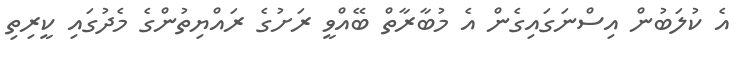
އެ ކުލަބުން އިސްނަގައިގެން އެ މުބާރާތް ބޭއްވީ ރަށުގެ ރައްޔިތުންގެ މެދުގައި ކީރިތި